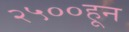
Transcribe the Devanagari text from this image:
२५००हून